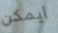
ايمكن